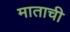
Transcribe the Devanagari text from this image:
माताची